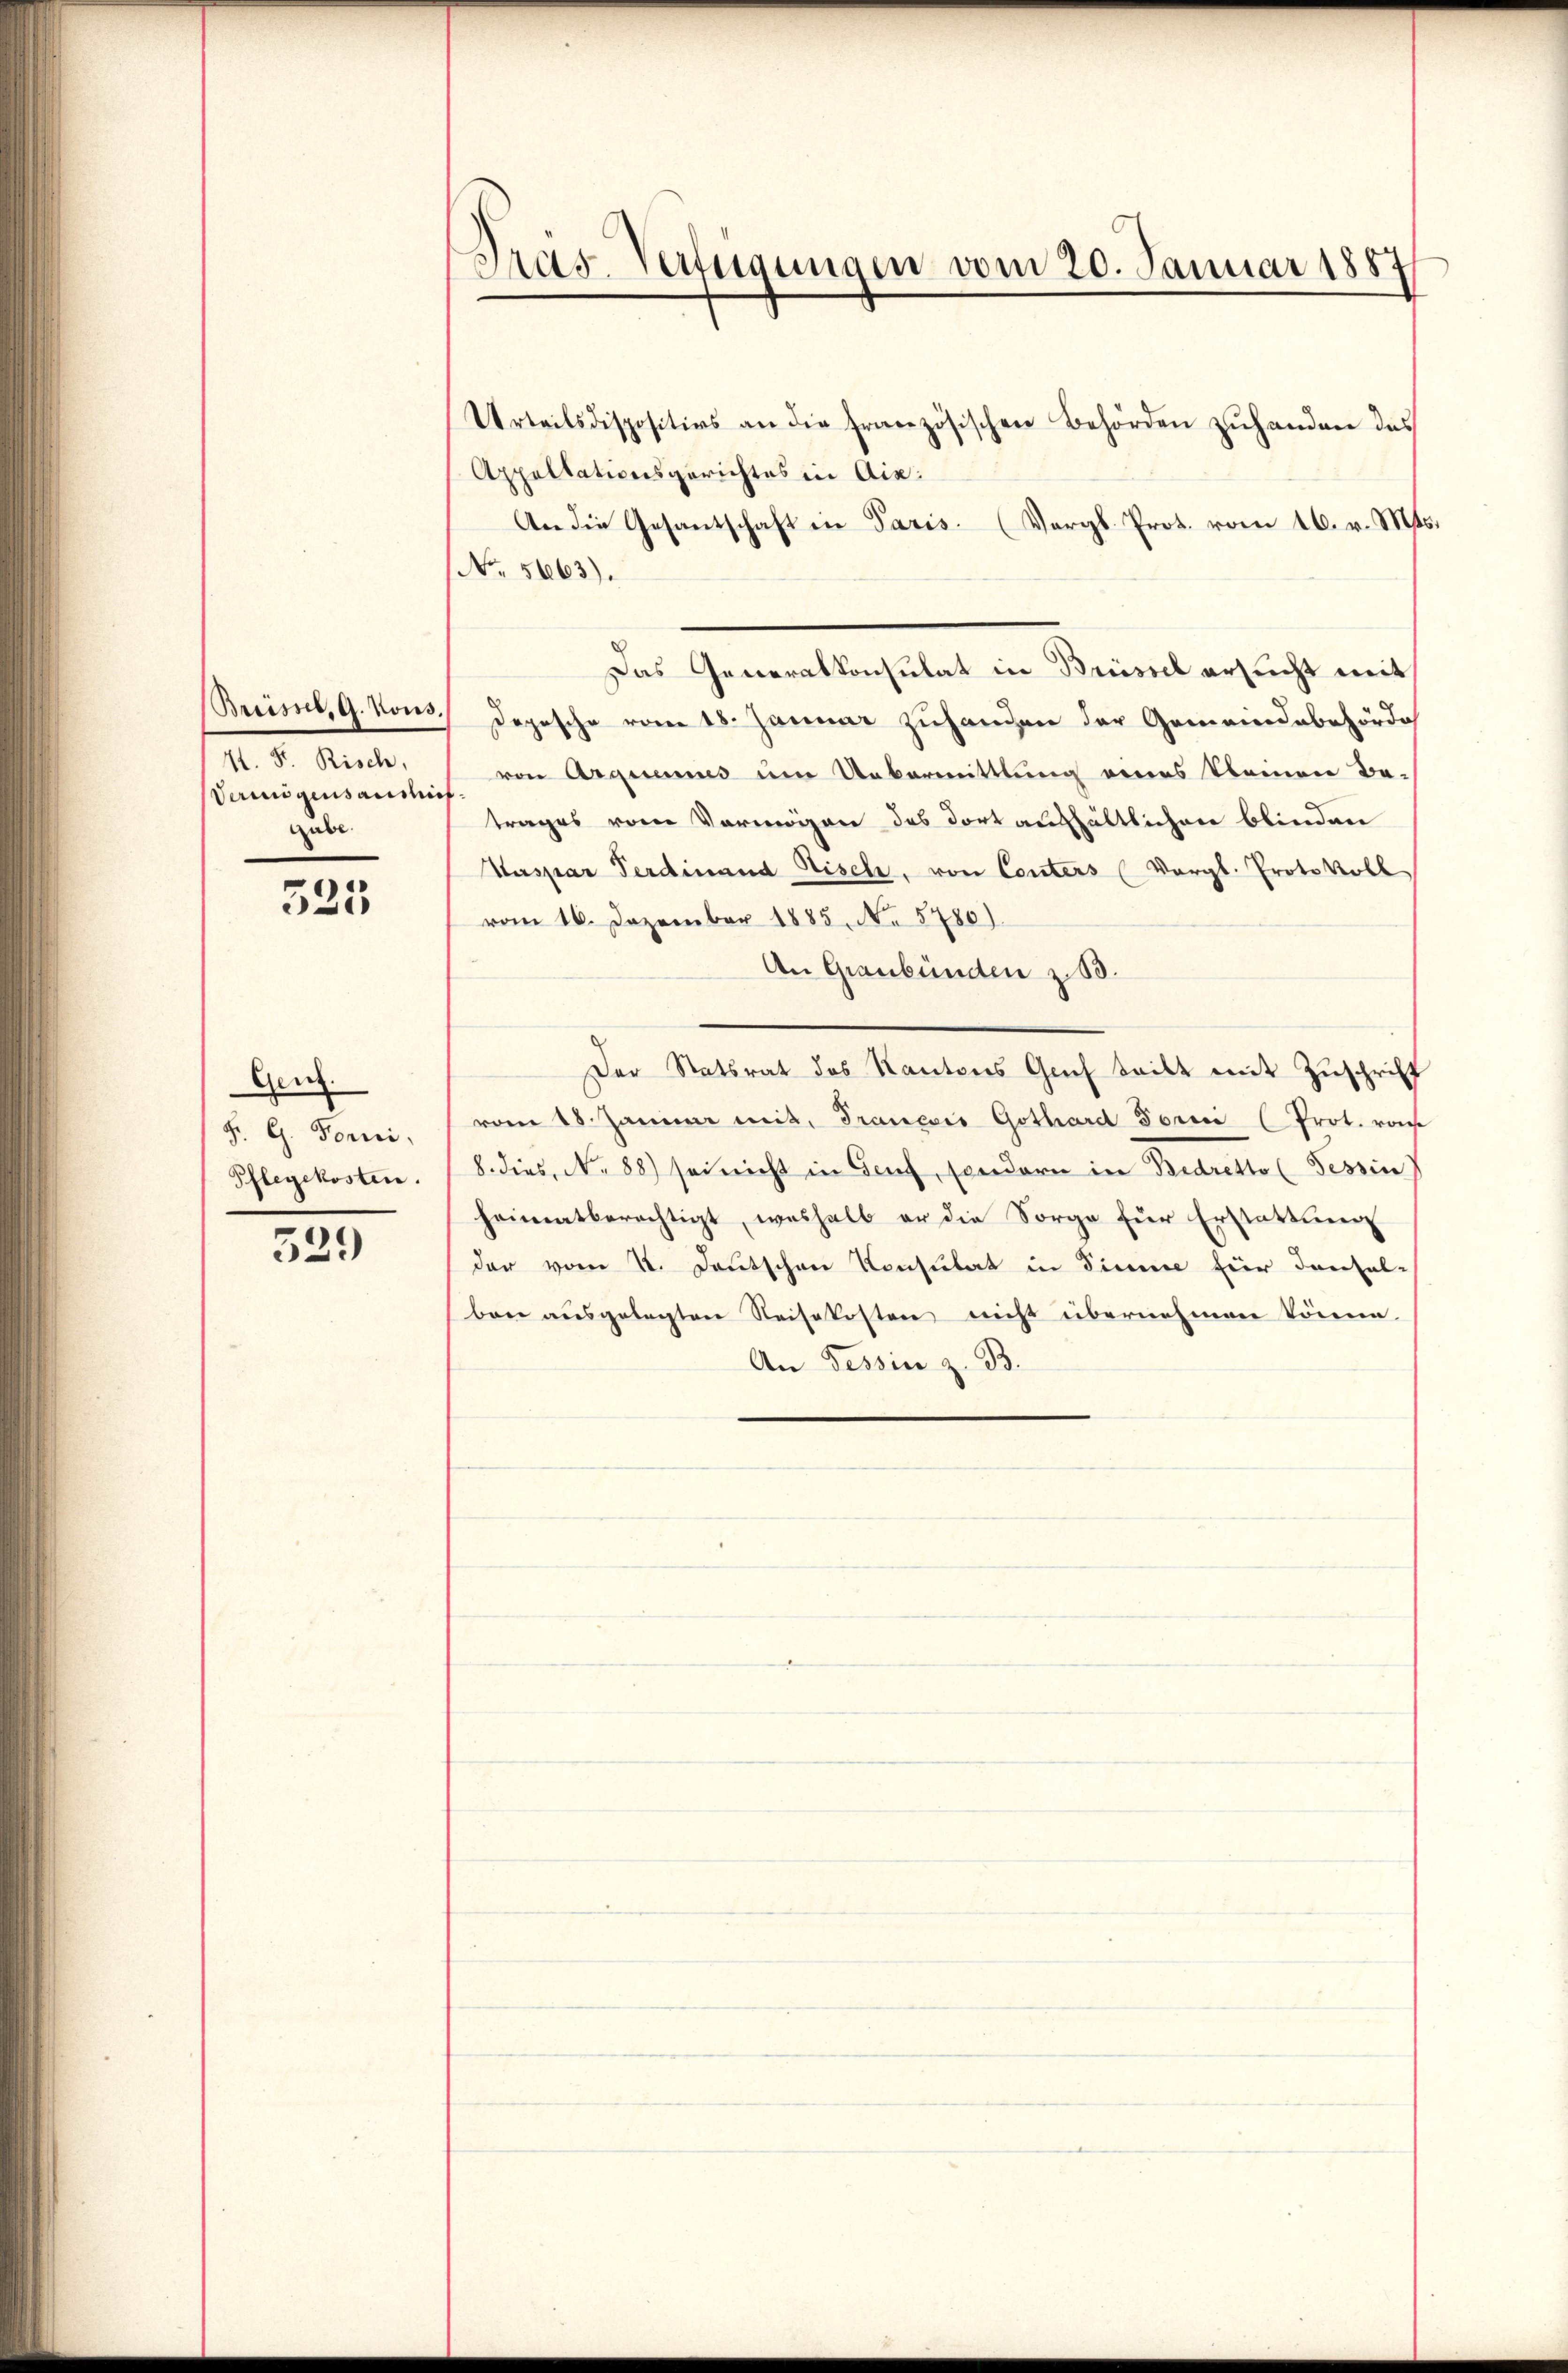
Breise, G. Kons.
4t. F. Risch,
Vermögensauslief.
gube.

525

Genz.
F. G. Forni,
Pflegekosten.

539

Pras-Verfügungen vom 20. Januar 1887

Urteilsdispositios an die französischen Behörden zuhanden das
Appellationsgerichtes in Ais:
An die Gesantschaft in Paris. (Vergl. Prot. vom 16. v. Mts.
No. 5663).
Das Generalkonsulat in Brüssel ersucht mit
Depesche vom 18. Januar zuhanden der Gemeindebehörde
von Arquamus um Uebermittlung eines kleinen Be-
trages vom Vermögen das dort aufhältlichen blinden
Kaspar Ferdinand Nisch, von Conters (Vergl. Protokoll
vom 16. Dezember 1885, No 5780).
An Graubünden z. B.
Der Statsrat des Kantons Gech teilt mit Zuschrift
vom 18. Januar mit. Francois Gothard Foren (Prot. ra
8. dies, No 88) sei nicht in Genf, sondern in Bedretto (Tessin
heimatberechtigt, weshalb er die Sorge für Erstattung
dar vom 22. Deutschen Konsulat in Sinne für densel-
bene ausgelegten Reisekosten nicht übernehmen könne.
An Tessin z. B.